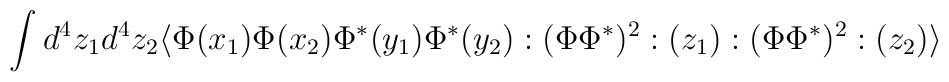
\int d^{4}z_{1}d^{4}z_{2}\langle\Phi(x_{1})\Phi(x_{2})\Phi^{*}(y_{1})\Phi^{*}(y_{2}):(\Phi\Phi^{*})^{2}:(z_{1}):(\Phi\Phi^{*})^{2}:(z_{2})\rangle